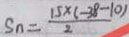
S _ { n } = \frac { 1 5 \times ( - 3 8 - 1 0 ) } { 2 }